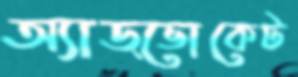
অ্যাড্‌ভোকেট